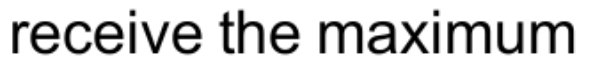
receive the maximum